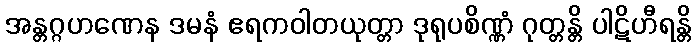
အန္တဂ္ဂဟဏေန ဒမနံ ဧရကဝါတယုတ္တာ ဒုရုပစိဏ္ဏံ ဂုတ္တန္တိ ပါဋိဟီရန္တိ